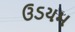
ઉડયમ